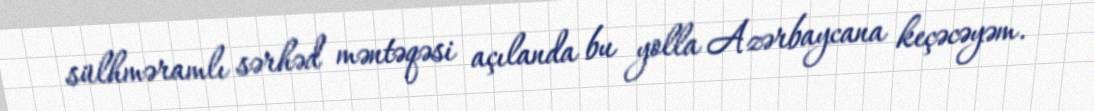
sülhməramlı sərhəd məntəqəsi açılanda bu yolla Azərbaycana keçəcəyəm.